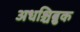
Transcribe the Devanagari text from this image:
अधश्चिब्रुक